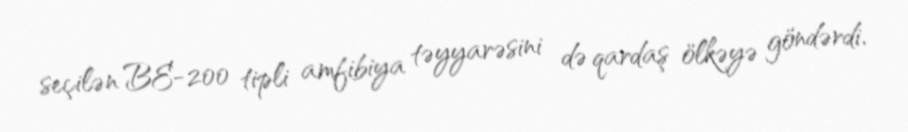
seçilən BE-200 tipli amfibiya təyyarəsini də qardaş ölkəyə göndərdi.